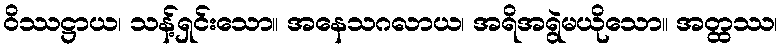
ဝိဿဋ္ဌာယ၊ သန့်ရှင်းသော။ အနေသဂလာယ၊ အရိအရွဲမယိုသော။ အတ္ထဿ၊